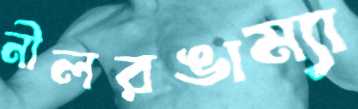
নীলরঙাম্যা